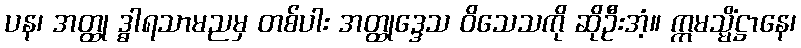
ပန၊ အတ္ထု ဒ္ဓါရသာမညမှ တစ်ပါး အတ္ထုဒ္ဒေသ ဝိသေသကို ဆိုဦးအံ့။ ဣမသ္မိံဋ္ဌာနေ၊